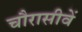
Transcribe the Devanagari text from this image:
चौरासीवें